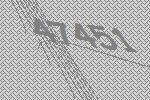
47451